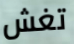
تغش